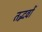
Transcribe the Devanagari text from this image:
तद्भवों